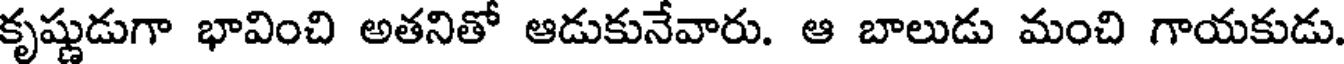
కృష్ణుడుగా భావించి అతనితో ఆడుకునేవారు. ఆ బాలుడు మంచి గాయకుడు.